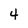
Character: 4